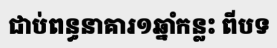
ជាប់ពន្ធនាគារ១ឆ្នាំកន្លះ ពីបទ